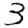
Digit: 3